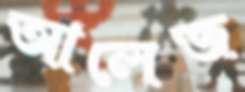
আলেজ